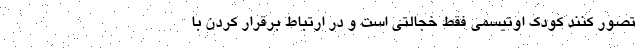
تصور کنند کودک اوتیسمی فقط خجالتی است و در ارتباط برقرار کردن با